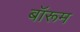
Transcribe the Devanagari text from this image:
बॉरूम